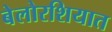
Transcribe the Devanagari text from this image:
बेलोरशियात